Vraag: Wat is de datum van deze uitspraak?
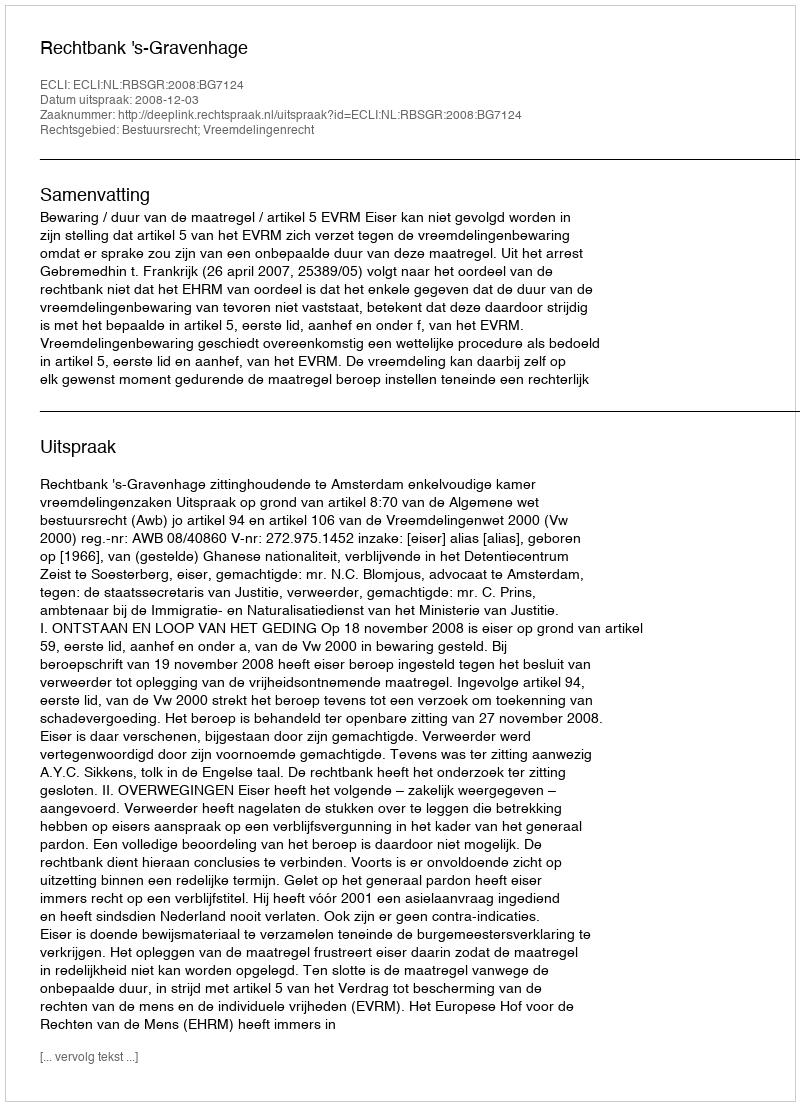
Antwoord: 2008-12-03